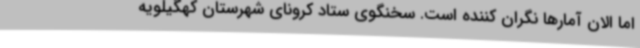
اما الان آمارها نگران کننده است. سخنگوی ستاد کرونای شهرستان کهگیلویه